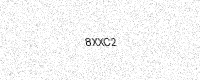
Text: 8XXC2